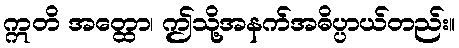
ဣတိ အတ္ထော၊ ဤသို့အနက်အဓိပ္ပာယ်တည်း။